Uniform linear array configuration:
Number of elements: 12
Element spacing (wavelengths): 0.25
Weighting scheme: binomial
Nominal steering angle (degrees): -30
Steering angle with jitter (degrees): -30.466
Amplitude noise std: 0.05
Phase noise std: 0.05

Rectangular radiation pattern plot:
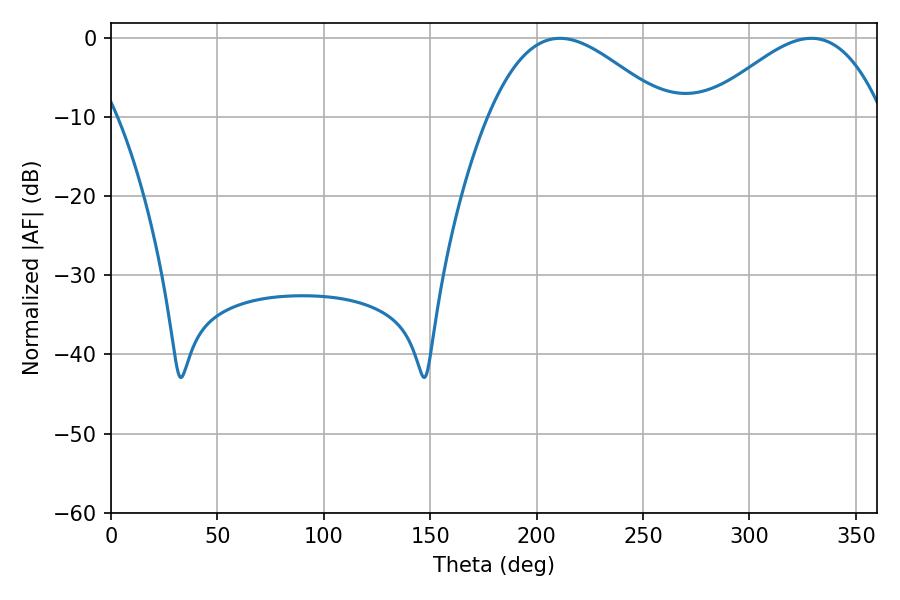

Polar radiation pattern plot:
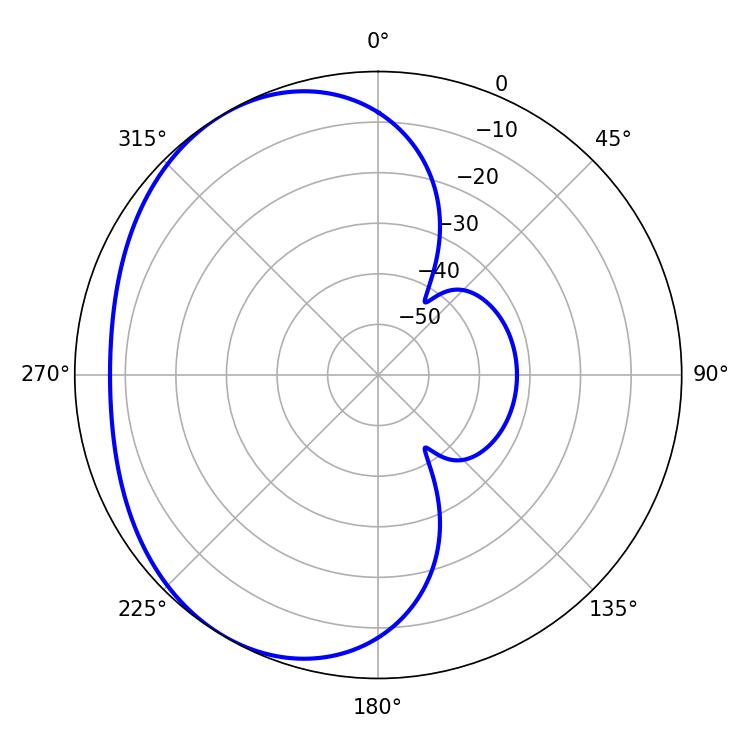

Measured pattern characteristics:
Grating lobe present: FALSE
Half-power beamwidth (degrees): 45.18
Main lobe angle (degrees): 329.04